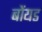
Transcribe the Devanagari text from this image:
बोंयड